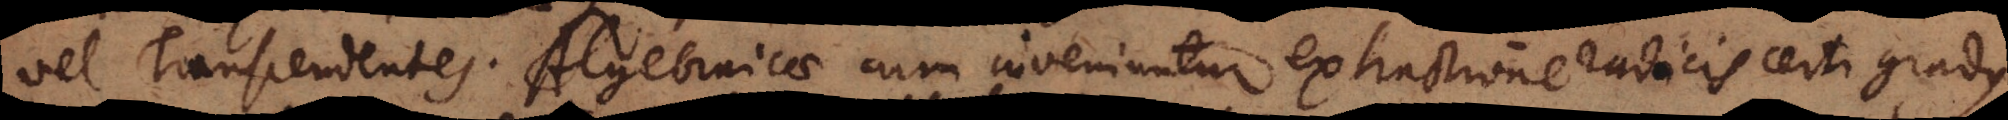
vel Transcendentes. Algebraicae cum inveniuntur extractione radicis certi gradus